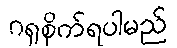
ဂရုစိုက်ရပါမည်